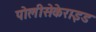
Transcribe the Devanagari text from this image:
पोलीसेकेराइड